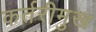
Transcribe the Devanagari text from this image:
कर्तरीमुख